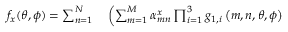
\begin{array} { r l } { f _ { x } ( \theta , \phi ) = \sum _ { n = 1 } ^ { N } } & { { } \left( \sum _ { m = 1 } ^ { M } \alpha _ { m n } ^ { x } \prod _ { i = 1 } ^ { 3 } { g _ { 1 , i } } \left( m , n , \theta , \phi \right) \right. } \end{array}